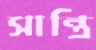
সান্ত্রি